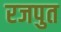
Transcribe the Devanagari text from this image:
रजपुत